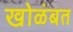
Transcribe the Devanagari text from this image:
खोळंबत